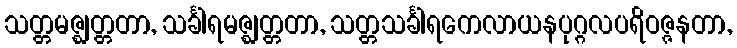
သတ္တမဇ္ဈတ္တတာ, သင်္ခါရမဇ္ဈတ္တတာ, သတ္တသင်္ခါရကေလာယနပုဂ္ဂလပရိဝဇ္ဇနတာ,